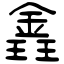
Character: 錱